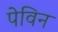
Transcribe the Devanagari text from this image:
पेविन